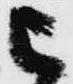
被